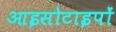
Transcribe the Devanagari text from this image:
आइसोटाइपों